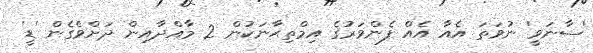
'ސާނަވީ' ނުވަތަ އެއާ އެއް ފެންވަރުގެ އިމްތިޙާނަކުން 2 މާއްދާއިން ދަށްވެގެން 'ޑީ'